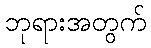
ဘုရားအတွက်